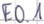
Text: E0.1